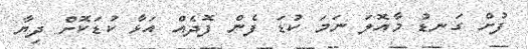
ފުށް ގަނޑު މާއޮލަ ނަމަ ކުޑަ ފެން ފޮދެއް އަޅާ ކުޑަކޮށް ދިޔާ